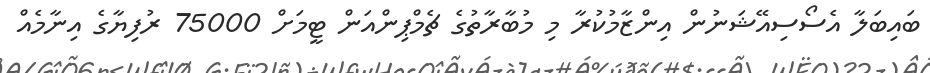
ބައިބަލާ އެސޯސިއޭޝަނުން އިންޒާމުކުރާ މި މުބާރާތުގެ ޗެމްޕިންއަން ޓީމަށް 75000 ރުފިޔާގެ އިނާމެއް